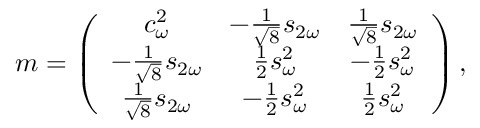
m = \left( \begin{array} { c c c } { { c _ { \omega } ^ { 2 } } } & { { - \frac { 1 } { \sqrt { 8 } } s _ { 2 \omega } } } & { { \frac { 1 } { \sqrt { 8 } } s _ { 2 \omega } } } \\ { { - \frac { 1 } { \sqrt { 8 } } s _ { 2 \omega } } } & { { \frac { 1 } { 2 } s _ { \omega } ^ { 2 } } } & { { - \frac { 1 } { 2 } s _ { \omega } ^ { 2 } } } \\ { { \frac { 1 } { \sqrt { 8 } } s _ { 2 \omega } } } & { { - \frac { 1 } { 2 } s _ { \omega } ^ { 2 } } } & { { \frac { 1 } { 2 } s _ { \omega } ^ { 2 } } } \end{array} \right) ,